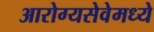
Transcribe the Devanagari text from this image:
आरोग्यसेवेमध्ये